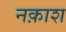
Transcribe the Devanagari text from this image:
नक़ाश